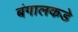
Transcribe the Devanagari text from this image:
बंगालकडे